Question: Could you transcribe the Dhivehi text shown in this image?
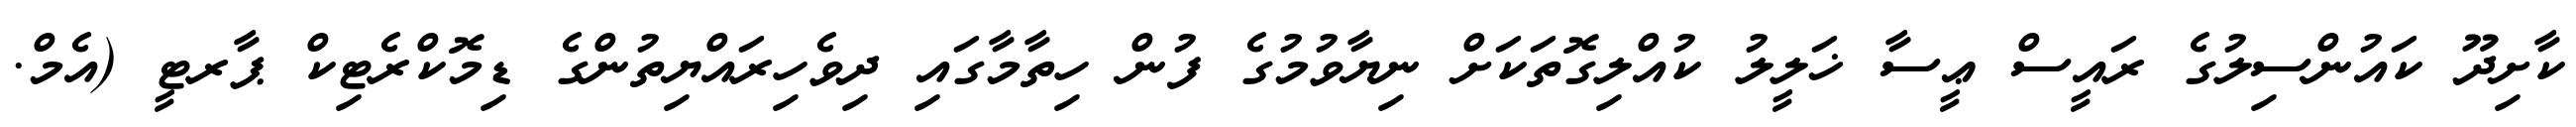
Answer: ކާށިދޫ ކައުންސިލުގެ ރައީސް ޢީސާ ޚަލީލު ކުއްލިގޮތަކަށް ނިޔާވުމުގެ ފުން ހިތާމާގައި ދިވެހިރައްޔިތުންގެ ޑިމޮކްރެޓިކް ޕާރޓީ (އެމް.